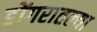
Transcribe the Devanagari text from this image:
डोंगरातल्या